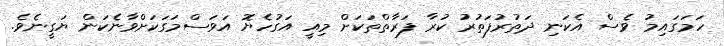
ހަމަގައިމު ވެސް އެކަނި ދަތުރުފަތުރު ކުރާ ފަރާތްތަކަށް މިއީ އަގުހެޔޮ އަވަސްމަގަކަށްވާނެކަން ޔަގީނެވެ.